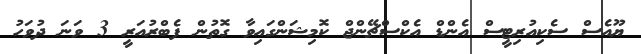
ޔޫއެސް ސެކިއުރިޓީސް އެންޑް އެކްސްޗޭންޖް ކޮމިޝަންގައިވާ ގޮތުން ފެބްރުއަރީ 3 ވަނަ ދުވަހު